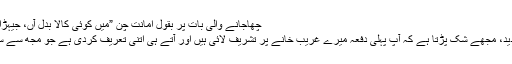
چھاجانے والی بات پر بقول امانت چن ”میں کوئی کالا بدّل آں، جیہڑا چھا گیاں“ :grin:
::حجاب:: خوش آمدید، مجھے شک پڑتا ہے کہ آپ پہلی دفعہ میرے غریب خانے پر تشریف لائی ہیں اور آتے ہی اتنی تعریف کردی ہے جو مجھ سے سنبھالی نہیں‌جارہی۔